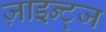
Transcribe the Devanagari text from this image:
ज़ाइन्ट्ज